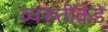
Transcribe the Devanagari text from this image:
व्यख्तींकडे